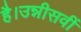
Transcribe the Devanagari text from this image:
है।उन्नीसवीं